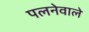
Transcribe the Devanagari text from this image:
पलनेवाले